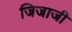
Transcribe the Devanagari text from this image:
जिजाजी